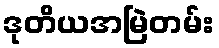
ဒုတိယအမြဲတမ်း